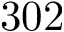
3 0 2